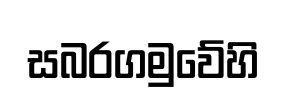
සබරගමුවේහි